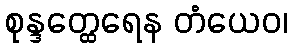
စုန္ဒတ္ထေရေန တံယေဝ၊